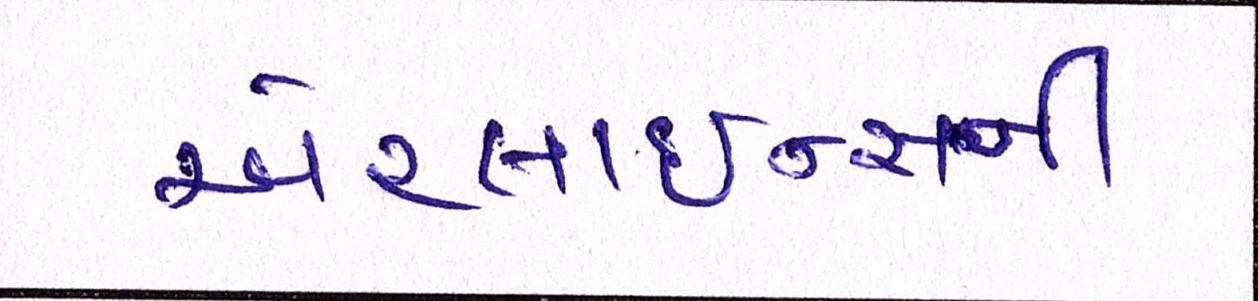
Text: એરલાઇન્સની